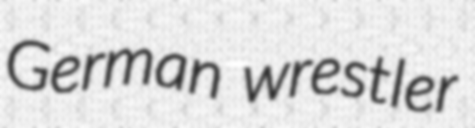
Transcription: German wrestler